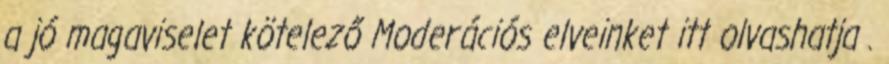
a jó magaviselet kötelező Moderációs elveinket itt olvashatja .